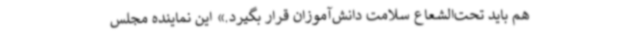
هم باید تحت‌الشعاع سلامت دانش‌آموزان قرار بگیرد.» این نماینده مجلس